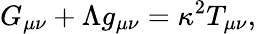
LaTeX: G_{\mu\nu}+\Lambda g_{\mu\nu}=\kappa^{2}T_{\mu\nu},